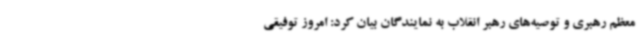
معظم رهبری و توصیه‌های رهبر انقلاب به نمایندگان بیان کرد: امروز توفیقی